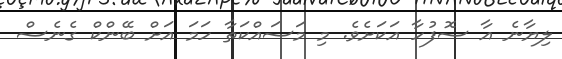
ލިޔާނެ އާ ސޮފުހާ އަކަށެވެ. މި މަސައްކަތާ ހަމަ އަށް ބޭންކް ގެނެސް